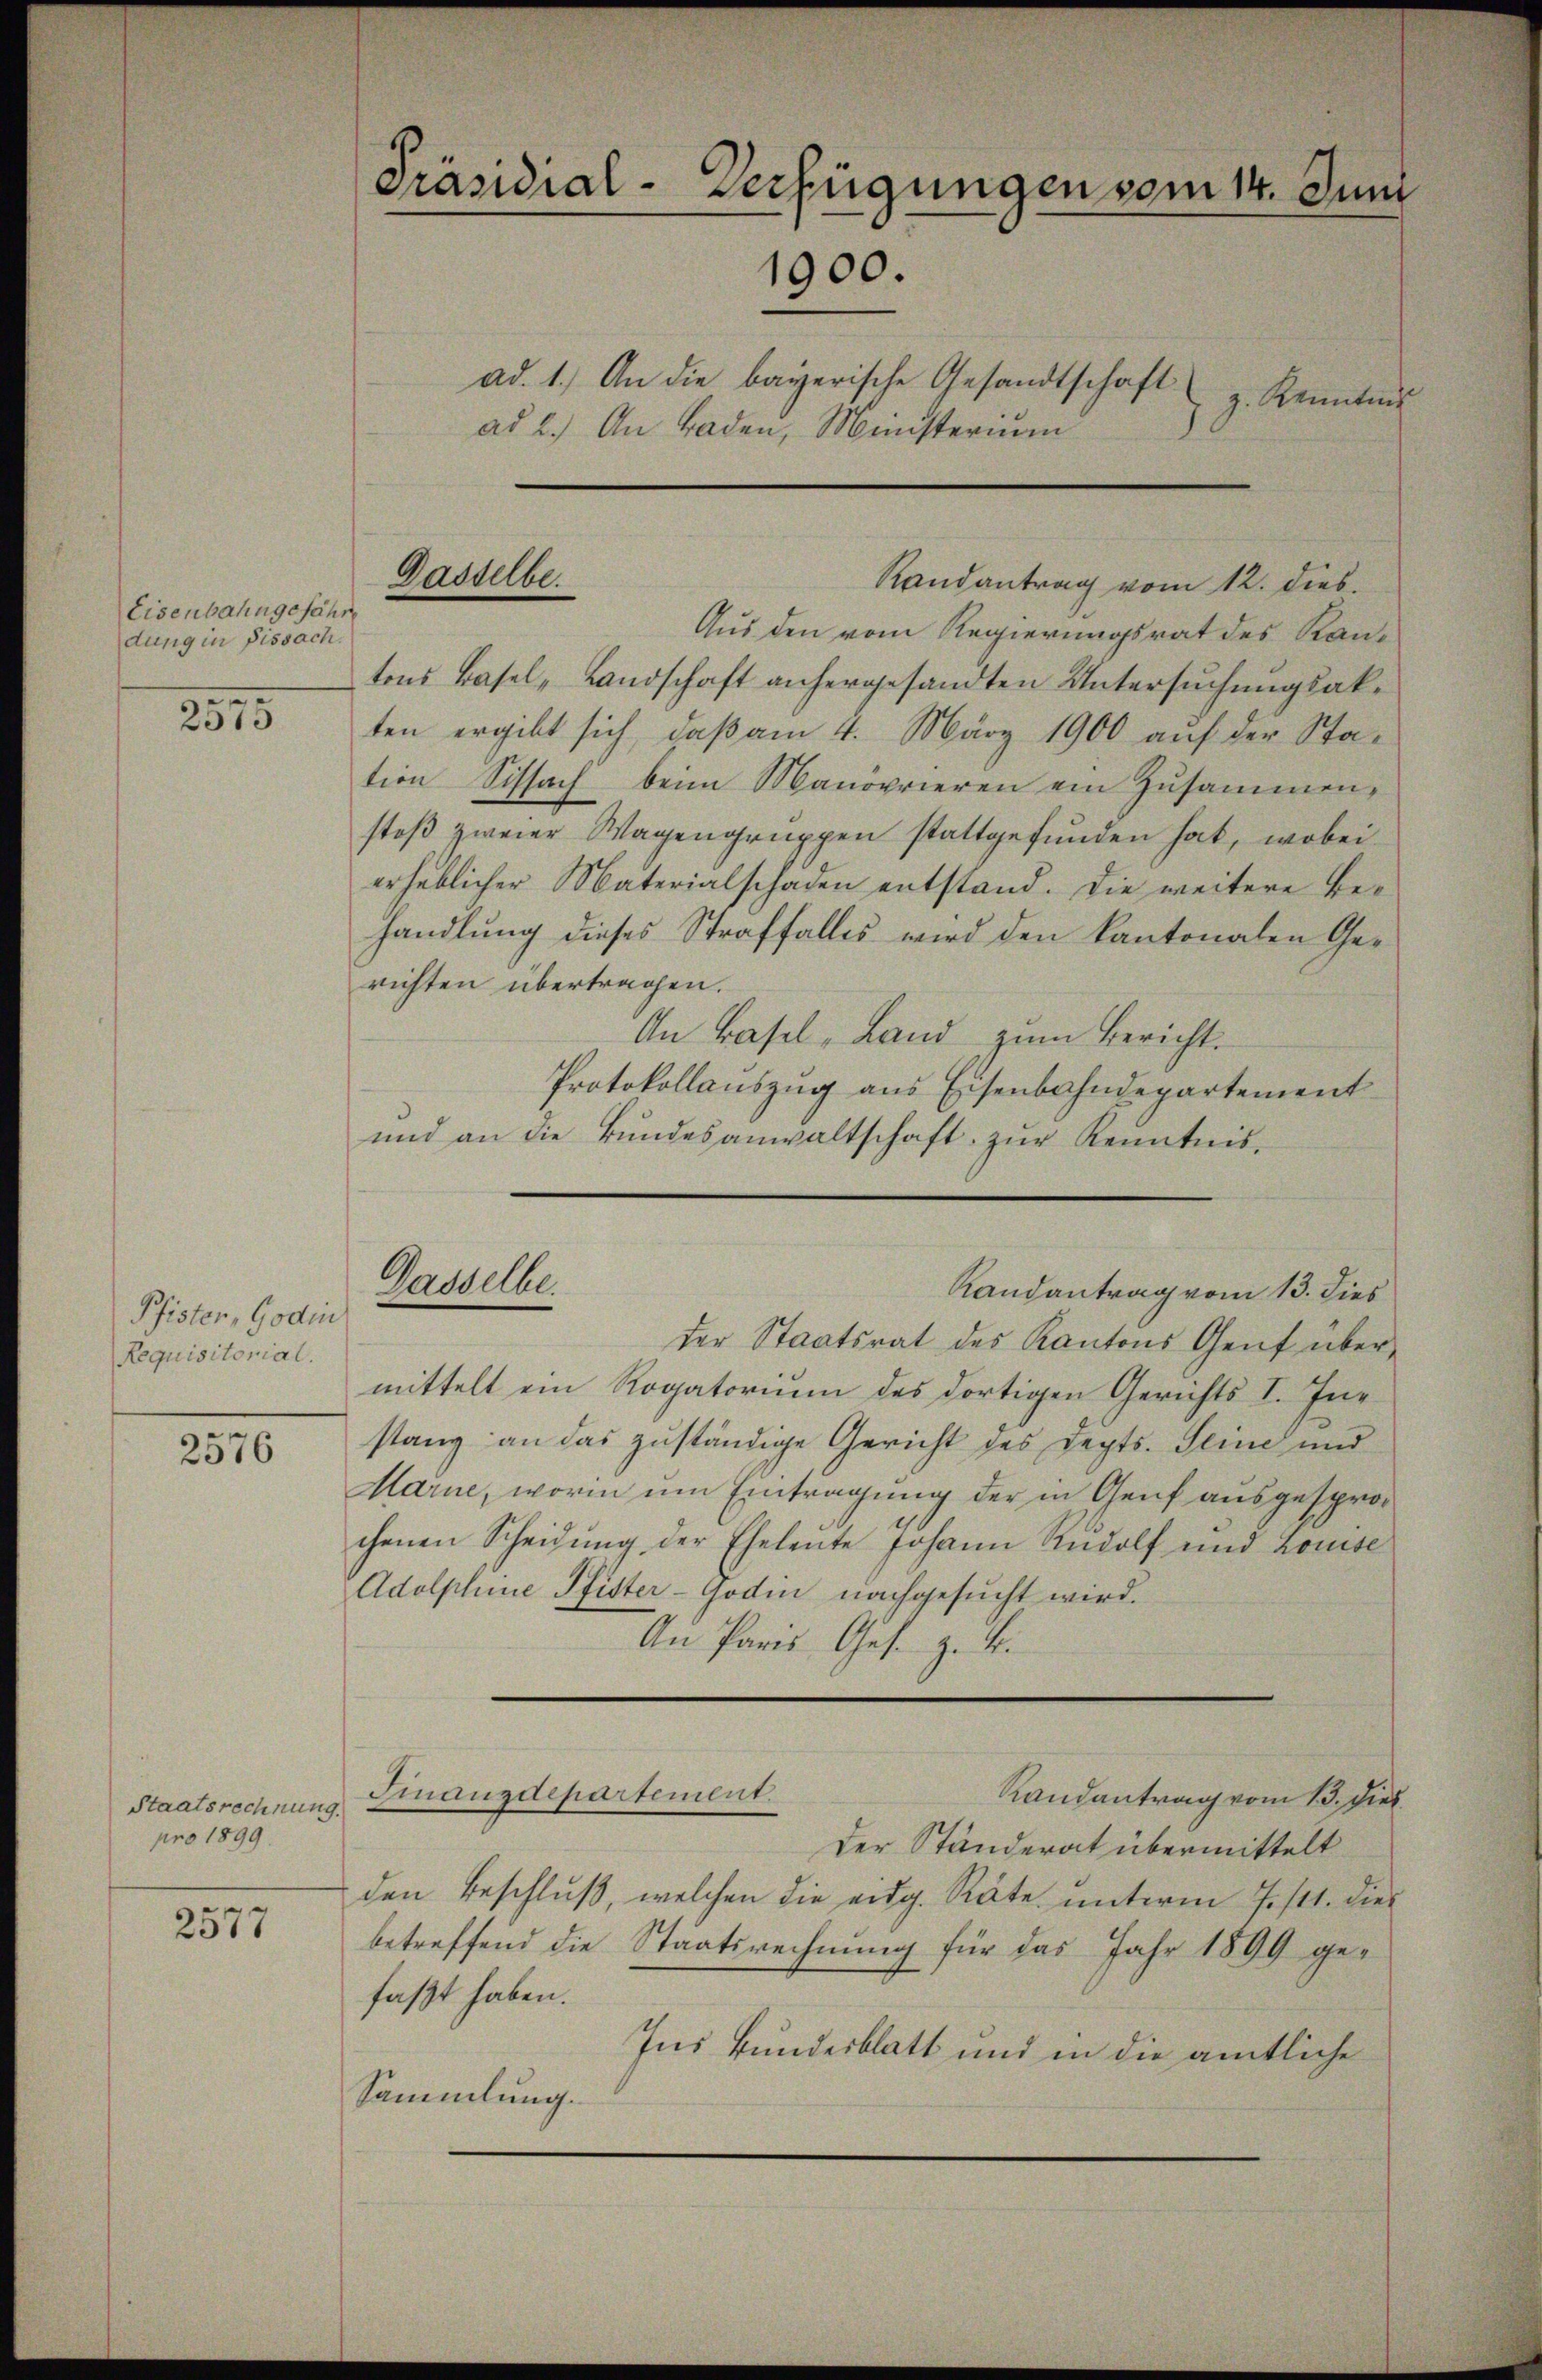
Eisenbahngefähr
dung in Fissach.

2575

Pfister, Godin
Requisitorial.

2576

Staatsrechnung.
pro 1899.

2577

Präsidial-Verfügungen vom 14. Juni
1900.
ad. 1. An die bayerische Gesandtschaft z. Kenntnis
ad 2.) An Baden, Meinsterium

Aus den vom Regierungsrat des Kan-
tons Basel-Landschaft anhergesandten Untersuchungsakten ergibt sich, daß am 4. März 1900 auf der Sta-
tion Schlach beim Manövrieren ein Zŭsammen-
stoß zweier Wagengruppen stattgefunden hat, wobei
erheblicher Materialschaden entstand. Die weitere Behandlung dieses Straffalles wird den kantonalen Gerichten übertragen.
An Basel-Land zum Bericht.
Protokollauszug aus Eisenbahndepartement
und an die Bŭndesanwaltschaft zŭr Kenntnis.

Gasselbe.

Randantrag vom 12. dies

der Staatsrat des Kantons Genf über
mittelt ein Rogatorium des dortigen Gerichts I. Instanz an das zuständige Gericht des Depts. Seine und
Marne, worin um Eintragung der in Genf ausgesprochenen Scheidŭng der Eheleute Johann Rŭdolf und Louise
Adolphine Pfister-Godin nachgesucht wird.
An Paris Ges. z. B.
Finanzdepartement
Randantrag vom 13. Diel.
Der Ständerat übermittelt
den Beschluß, welchen die eidg. Räte unterm 7./11. dies
betreffend die Staatsrechnung für das Jahr 1899 gefaßt haben.
Ins Bundesblatt und in die amtliche
Sammlung.

Gasselbe.
Randantrag vom 13. dies